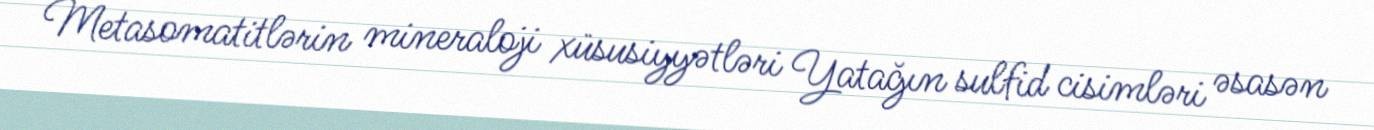
Metasomatitlərin mineraloji xüsusiyyətləri Yatağın sulfid cisimləri əsasən